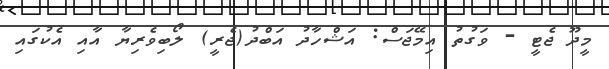
މީދޫ ޖެޓީ - ވަގުތު އިމޭޖަސް: އަޝްހާދު އަބްދު(ޖެރީ) ލޯބިވެރިޔާ އާއި އެކުގައި